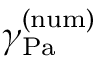
\gamma _ { \mathrm { { P a } } } ^ { \mathrm { { ( n u m ) } } }